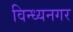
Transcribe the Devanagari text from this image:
विन्ध्यनगर